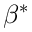
\beta ^ { * }